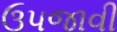
ઉપજાવી